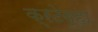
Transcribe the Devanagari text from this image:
क्रटेव्हा